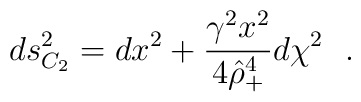
ds^2_{C_2}=dx^2+{\gamma^2 x^2\over 4 \hat{\rho}_+^4}d\chi^2~~.